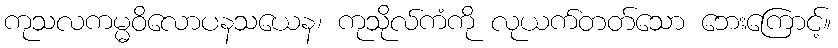
ကုသလကမ္မဝိလောပနသယေန၊ ကုသိုလ်ကံကို လုယက်တတ်သော ဘေးကြောင့်။